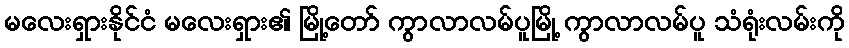
မလေးရှားနိုင်ငံ မလေးရှား၏ မြို့တော် ကွာလာလမ်ပူမြို့ ကွာလာလမ်ပူ သံရုံးလမ်းကို